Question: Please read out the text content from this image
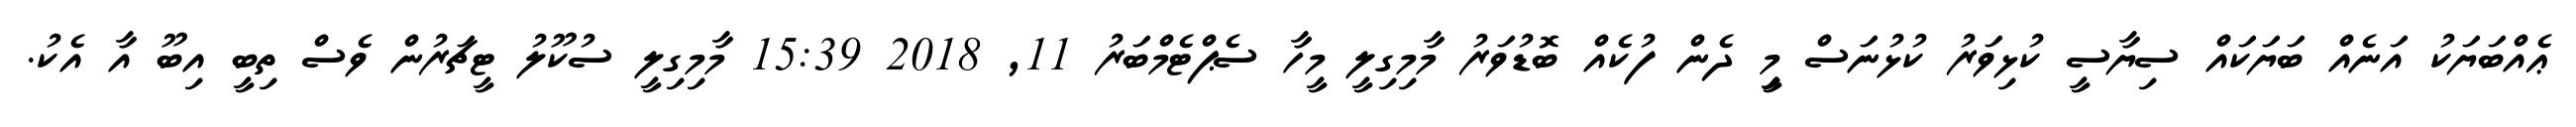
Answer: ޢެއްބަޔަކު އަނެއް ބަޔަކައް ސިޔާސީ ކުޅިވަރު ކުޅުނަސް މީި ދެން ފުކެއް ބޮޑުވަރު މާމިގިލީ މީހާ ސެޕްޓެމްބަރު 11, 2018 15:39 މާމިގިލީ ސުކޫލު ޓީޗަރުން ވެސް ތިބީ އިބޫ އާ އެކު.